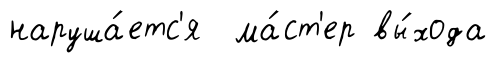
наруша́етс'я ма́ст'ер вы́хода